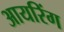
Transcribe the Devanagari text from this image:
आयरिंग